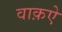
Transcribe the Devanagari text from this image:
वाक़ऐ